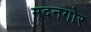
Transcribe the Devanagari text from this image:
मदनगोर